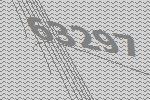
63297